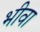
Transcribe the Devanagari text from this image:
भीवा